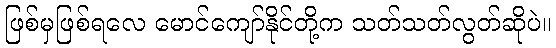
ဖြစ်မှဖြစ်ရလေ မောင်ကျော်နိုင်တို့က သတ်သတ်လွတ်ဆိုပဲ။